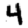
Digit: 4